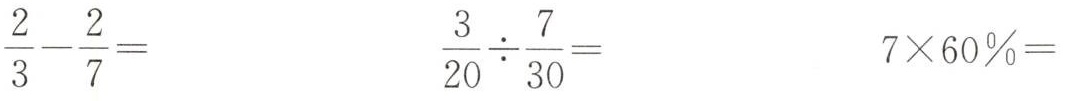
$$\frac{2}{3}- \frac{2}{7}=$$ $$\frac{3}{20} \div \frac{7}{30}=$$ $$7\times 60\%=$$